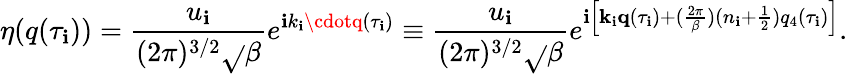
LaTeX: \eta(q(\tau_{\mathbf{i}}))=\frac{{u_{\mathbf{i}}}}{{(2\pi)^{3/2}\sqrt{}{{\beta}}}}e^{\mathbf{i}k_{\mathbf{i}}\cdotq(\tau_{\mathbf{i}})}\equiv\frac{{u_{\mathbf{i}}}}{{(2\pi)^{3/2}\sqrt{}{{\beta}}}}e^{\mathbf{i}\left[{\mathbf{k}}_{\mathbf{i}}{\mathbf{q}}(\tau_{\mathbf{i}})+(\frac{{2\pi}}{{\beta}})(n_{\mathbf{i}}+\frac{1}{2})q_{4}(\tau_{\mathbf{i}})\right]}.